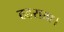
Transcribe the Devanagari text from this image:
ठहराता।